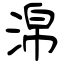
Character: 淿